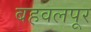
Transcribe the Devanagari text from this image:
बहवलपूर